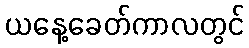
ယနေ့ခေတ်ကာလတွင်